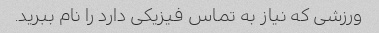
ورزشی که نیاز به تماس فیزیکی دارد را نام ببرید.